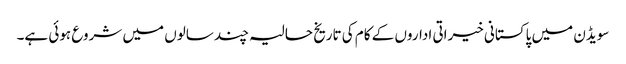
سویڈن میں پاکستانی خیراتی اداروں کے کام کی تاریخ حالیہ چند سالوں میں شروع ہوئی ہے۔